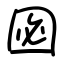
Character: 㘠